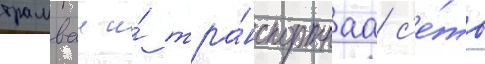
трамваи и́ тра́нспортнаа с'е́ть